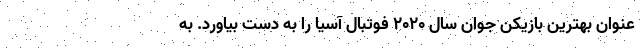
عنوان بهترین بازیکن جوان سال ۲۰۲۰ فوتبال آسیا را به دست بیاورد. به